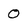
Character: 0